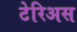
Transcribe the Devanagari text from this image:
टेरिअस